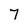
Character: 7